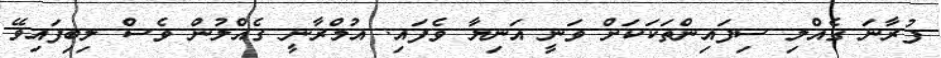
ފުރާނަ ގެއްލި ސިފައިންތަކަކަށް ވަނީ އަނިޔާ ވެފައި. އުމްރާނީ ގެއްލުން ވެސް ލިބިފައިވޭ